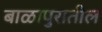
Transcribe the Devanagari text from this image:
बाळापुरातील